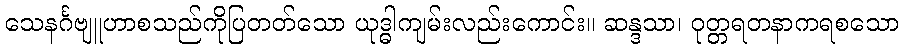
သေနင်္ဂဗျူဟာစသည်ကိုပြတတ်သော ယုဒ္ဓါကျမ်းလည်းကောင်း။ ဆန္ဒသာ၊ ဝုတ္တရတနာကရစသော